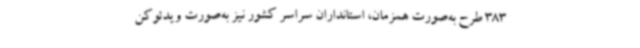
383 طرح به‌صورت همزمان، استانداران سراسر کشور نیز به‌صورت ویدئوکن